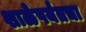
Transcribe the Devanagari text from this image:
शाळेपर्यंतचा